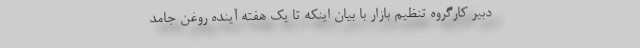
دبیر کارگروه تنظیم بازار با بیان اینکه تا یک هفته آینده روغن جامد